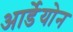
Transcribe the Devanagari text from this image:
आर्डेयोन